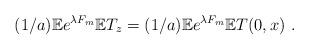
LaTeX: \begin{align*}(1/a) \mathbb{E}e^{\lambda F_m} \mathbb{E}T_z = (1/a) \mathbb{E} e^{\lambda F_m} \mathbb{E}T(0,x)\ .\end{align*}